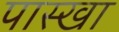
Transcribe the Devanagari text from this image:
पास्खा